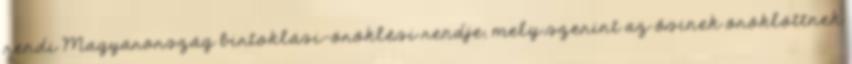
rendi Magyarország birtoklási-öröklési rendje, mely szerint az ősinek öröklöttnek